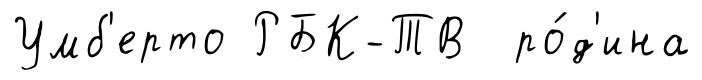
Умб'ерто РБК-ТВ ро́д'ина